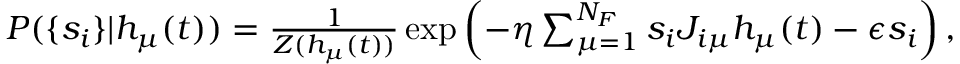
\begin{array} { r } { P ( \{ s _ { i } \} | h _ { \mu } ( t ) ) = \frac { 1 } { Z ( h _ { \mu } ( t ) ) } \exp \left( - \eta \sum _ { \mu = 1 } ^ { N _ { F } } s _ { i } J _ { i \mu } h _ { \mu } ( t ) - \epsilon s _ { i } \right) , } \end{array}